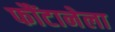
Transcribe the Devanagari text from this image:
फौंटानेला